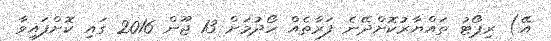
އޭ) ރިޕޯޓު ތައްޔާރުކޮށްދޭނެ ފަރާތެއް ހޯދުމަށް 13 ޖޫން 2016 ގައި ކޮށްފައިވާ